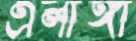
এলাঙ্গা